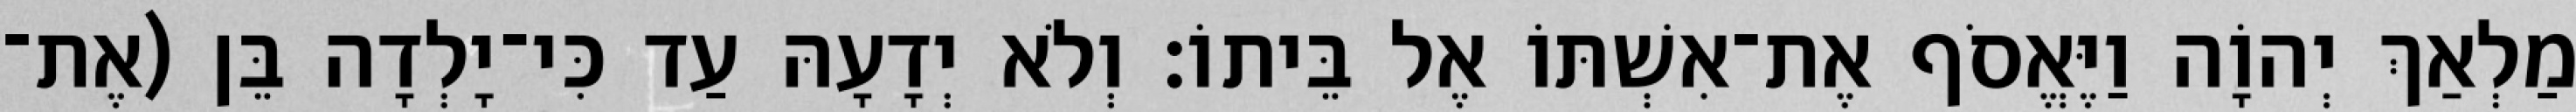
מַלְאַךְ יְהוָֹה וַיֶּאֱסֹף אֶת־אִשְׁתּוֹ אֶל בֵּיתוֹ׃ וְלֹא יְדָעָהּ עַד כִּי־יָלְדָה בֵּן (אֶת־